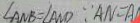
\angle A N B = \angle A N D \because A N = A /